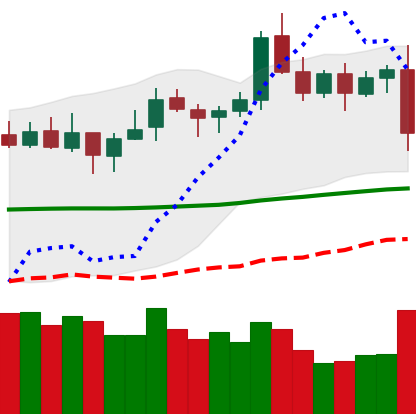
Ticker: LTC-USD
Chart end date: 2021-10-27
Forward return: 10.16%
Label: up_7plus